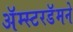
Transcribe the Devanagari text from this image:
अॅम्स्टरडॅमने